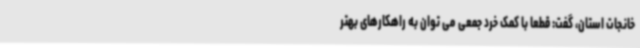
خانجات استان، گفت: قطعا با کمک خرد جمعی می توان به راهکارهای بهتر